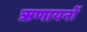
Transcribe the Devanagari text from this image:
ऋणायनों